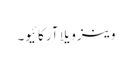
وینزویلا آرکائیو۔